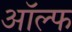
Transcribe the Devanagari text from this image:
ऑल्फ